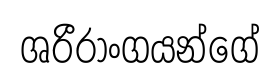
ශරීරාංගයන්ගේ